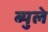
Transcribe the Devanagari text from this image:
ब्युले